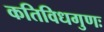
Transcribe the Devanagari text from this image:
कतिविधगुणः